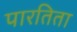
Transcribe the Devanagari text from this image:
पारतिता